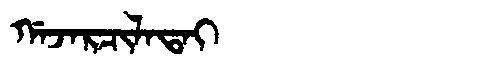
Manchu: ᡤᠠᠵᠠᡵᠴᡳᠯᠠᡨᠠᡳ
Romanization: GAJARCILATAI